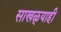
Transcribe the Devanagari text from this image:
साखळ्याही